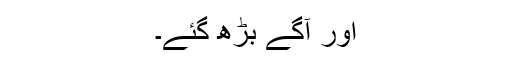
اور آگے بڑھ گئے۔